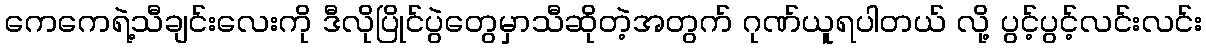
ကေကေရဲ့သီချင်းလေးကို ဒီလိုပြိုင်ပွဲတွေမှာသီဆိုတဲ့အတွက် ဂုဏ်ယူရပါတယ် လို့ ပွင့်ပွင့်လင်းလင်း